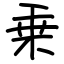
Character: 乗